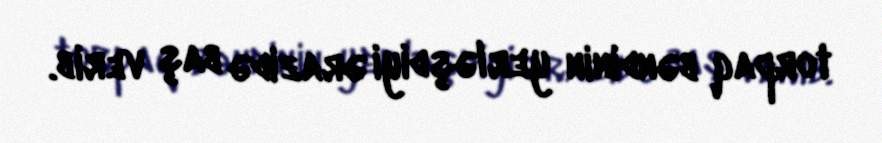
torpaq bəndinin yerləşdiyi ərazidə baş verib.